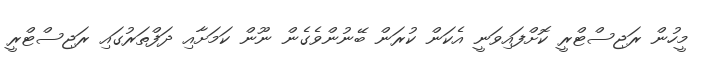
މީހުން ރަޖިސްޓްރީ ކޮށްފައިވަނީ އެކަން ކުރަން ބޭނުންވެގެން ނޫން ކަމަށާއި ދަފްތަރުގައި ރަޖިސްޓްރީ